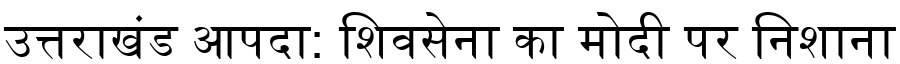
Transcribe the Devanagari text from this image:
उत्तराखंड आपदा: शिवसेना का मोदी पर निशाना